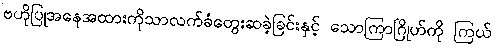
ဗဟိုပြုအနေအထားကိုသာလက်ခံတွေးဆခဲ့ခြင်းနှင့် သောကြာဂြိုဟ်ကို ကြယ်